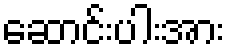
ဆောင်းပါးအား